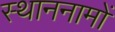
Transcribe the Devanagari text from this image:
स्थाननामों